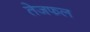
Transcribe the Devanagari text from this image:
तेजफल